Report of the Hyderabad Chloroform Commission
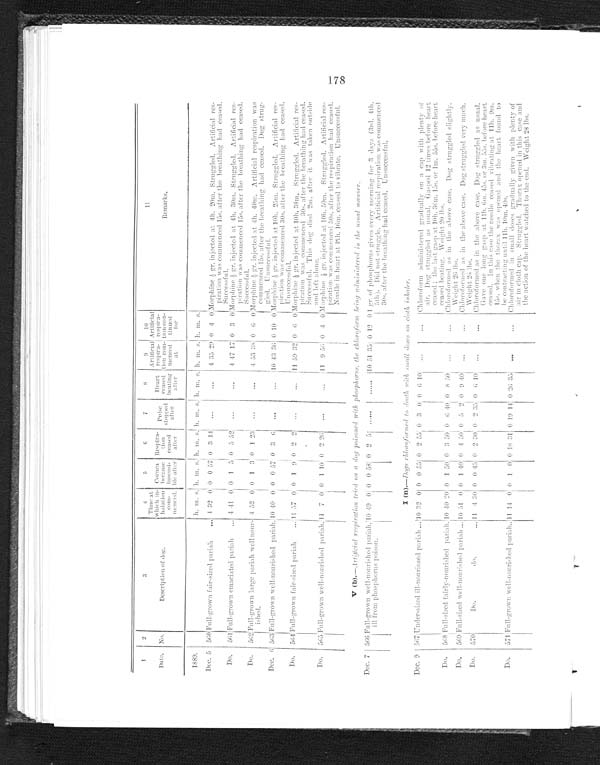
1
2
3
4
5
6
7
8
9
1 0
11
Date. No.
Description of dog.
Time at
which in-
halation commenced.
C o r n e a
b e c a m e
insensi-ble after
R e s p i r a - t i o n c e a s e d a f t e r
Pu l s e s t o p p e d
after
Heart c e a s e d b e a t i n g a f t e r
A r t i f i c i a l r e s p i r a -
t i o n c o m m e n c e d a t
Artificial
respi r-at i on con-t i nued for
Remarks.
1889.
h. m. s. h. m.
s.
h. m. s. h. m. s. h. m. s. h. m. s. h. m. s.
Dec. 5 560 Full-grown fair-sized pariah
. . . 4 32 0 0 0 57 0 3
44
. . .
. . .
4 35 29 0 4 0 Morphine½ gr. injected at 4h. 20m. Struggled. Artificial res-
piration was commenced 15s. after the breathing had ceased.
Successful.
Do.
Full-grown emaciated pariah . . .
4 41 0 0 1 5
0 5 52
. . .
. . .
4 47 17 0 3 0
561
Morphine ½ g r . i n j e c t e d a t 4 h . 3 0 m . S t r u g g l e d . A r t i f i c i a l
res -
piration was commenced 15s. after the breathing had ceased.
Successful.
Do.
562 Full-grown large pariah well nour-ished. 4 52 0 0 1 3 0 1 23
. . .
. . .
4
53 38 0 6
0
M o r p h i n e ½ g r . i n j e c t e d a t 4 t h . 4 0 m . A r t i f i c i a l r e s p i r a t i o n w a s c o m m e n c e d 1 5 s . a f t e r t h e b r e a t h i n g h a d c e a s e d . D o g s t r u g g l e d . U n s u c c e s s f u l .
Dec. 6 563 Full-grown well-nourished pariah
1 0
40 0 0 0 57 0 3 6
. . .
. . . 10 43 36 0 10 0 Morphine ½ gr. injected at 10h. 25m. Struggled. Artificial res
-
piration was commenced 30s. after the breathing had ceased.
Unsuccessful.
Do.
564 Full-grown fair-sized pariah. . .. 1 1 57 0 0 1 9 0 2 2
. . .
. . . 11 59 32 0 6
0
Morphine ½ gr. injected at 10h. 38m. Struggled. Artificial res-
piration i t w a s
c o m m e n c e d
3 0 s . a f t e r t h e b r e a t h i n g h a d c e a s e d .
Successful. This dog died 2m. after it was taken outside
and left alone.
Do.
565
F u l l - g r o w n
Well-nourished pariah. 11 7 0 0 1
10
0 2 26
. . .
. . .
11 9 56
0 4 0 Morphine ½ gr. injected at 10h. 50m. Struggled. Artificial res
-
piration was commenced 30s. after the respiration had ceased.
Needle in heart at 11h. 16m. ceased to vibrate. unsuccessful.
V ( b ).—.Artificial respiration tried on a dog poisoned with phosphorus, the chloroform being administered in the usual manner.
Dec. 7 566 Full-grown well-nourished pariah, ill from phosphorus poison.
10
49 0 0 0
58
0 2 5 . . .
. . .
10 51 35 0 12 0 1 gr. of phosphorus given every morning for 3 days (3rd. 4th.
5th). Did not struggle. Artificial respiration was commenced 30s. after the breathing had ceased. Unsuccessful.
I ( n ).—Dogs chloroformed to death with small doses on cloth inhaler. .
Dec. 9 567 Under-sized ill-nourished pariah . .
10
32 0 0 0 55 0 2 55 0 3 0 0 6 10
. . .
. . .
Chl oroform admi ni st ered gradual l y on a cap wi t h pl ent y of ai r. Dog st ruggl ed as usual . Gasped 12 t i mes before heart ceased; t he l ast gasp at 10h. 36m. 15s. or 1m. 55s. before heart ceased beat i ng. Wei ght 20 l bs.
Do.
568 Full-sized fairly-nourished pariah.
10 40 20 0 1 50 0 3 50 0 6 40 0 8 50
. . .
. . .
Chloroformed as in the above case. Dog struggled slightly. Weight 26 lbs.
Do.
569 Full-sized well-nourished pariah . . . 10 51 0 0 1 40 0 4 50 0
5 2 0 9 40
. . .
. . . .
C h l o r o f o r m e d a s i n t h e a b o v e c a s e . D o g s t r u g g l e d v e r y m u c h . W e i g h t 2 6 l b s .
Do.
570
Do.
do. . . .
11
4 30 0 0 45 0 2 30 0 2 35 0 6 10
. . .
. . .
Chl or of or med as i n t he above case. Dog st r uggl ed as usual . Gave one l ong gasp at 11h. 6m. 45s. or 3m. 55s. bef or e hear t ceased. I n t hi s case t he needl e ceased vi br at i ng at 11h. 9m. 15s. when t he t hor ax was opened and t he hear t f ound t o be cont r act i ng unt i l 11h. 10m. 40s.
Do.
571 Full-grown well-nourished pariah . . . 11 14 0 0 1 0 0 18 31 0 19 14 0 26 35
. . .
. . .
Chloroformed in small doses gradually given with plenty of
air in cloth cap. Struggled. Thorax opened in this case and
the action of the heart watched to the end. Weight 28 lbs.